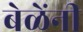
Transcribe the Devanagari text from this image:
बेळेंनी